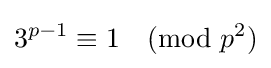
3^{p-1}\equiv 1{\pmod {p^{2}}}